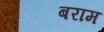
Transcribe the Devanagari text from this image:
बराम